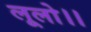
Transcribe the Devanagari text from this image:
लूलो।।